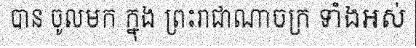
បាន ចូលមក ក្នុង ព្រះរាជាណាចក្រ ទាំងអស់